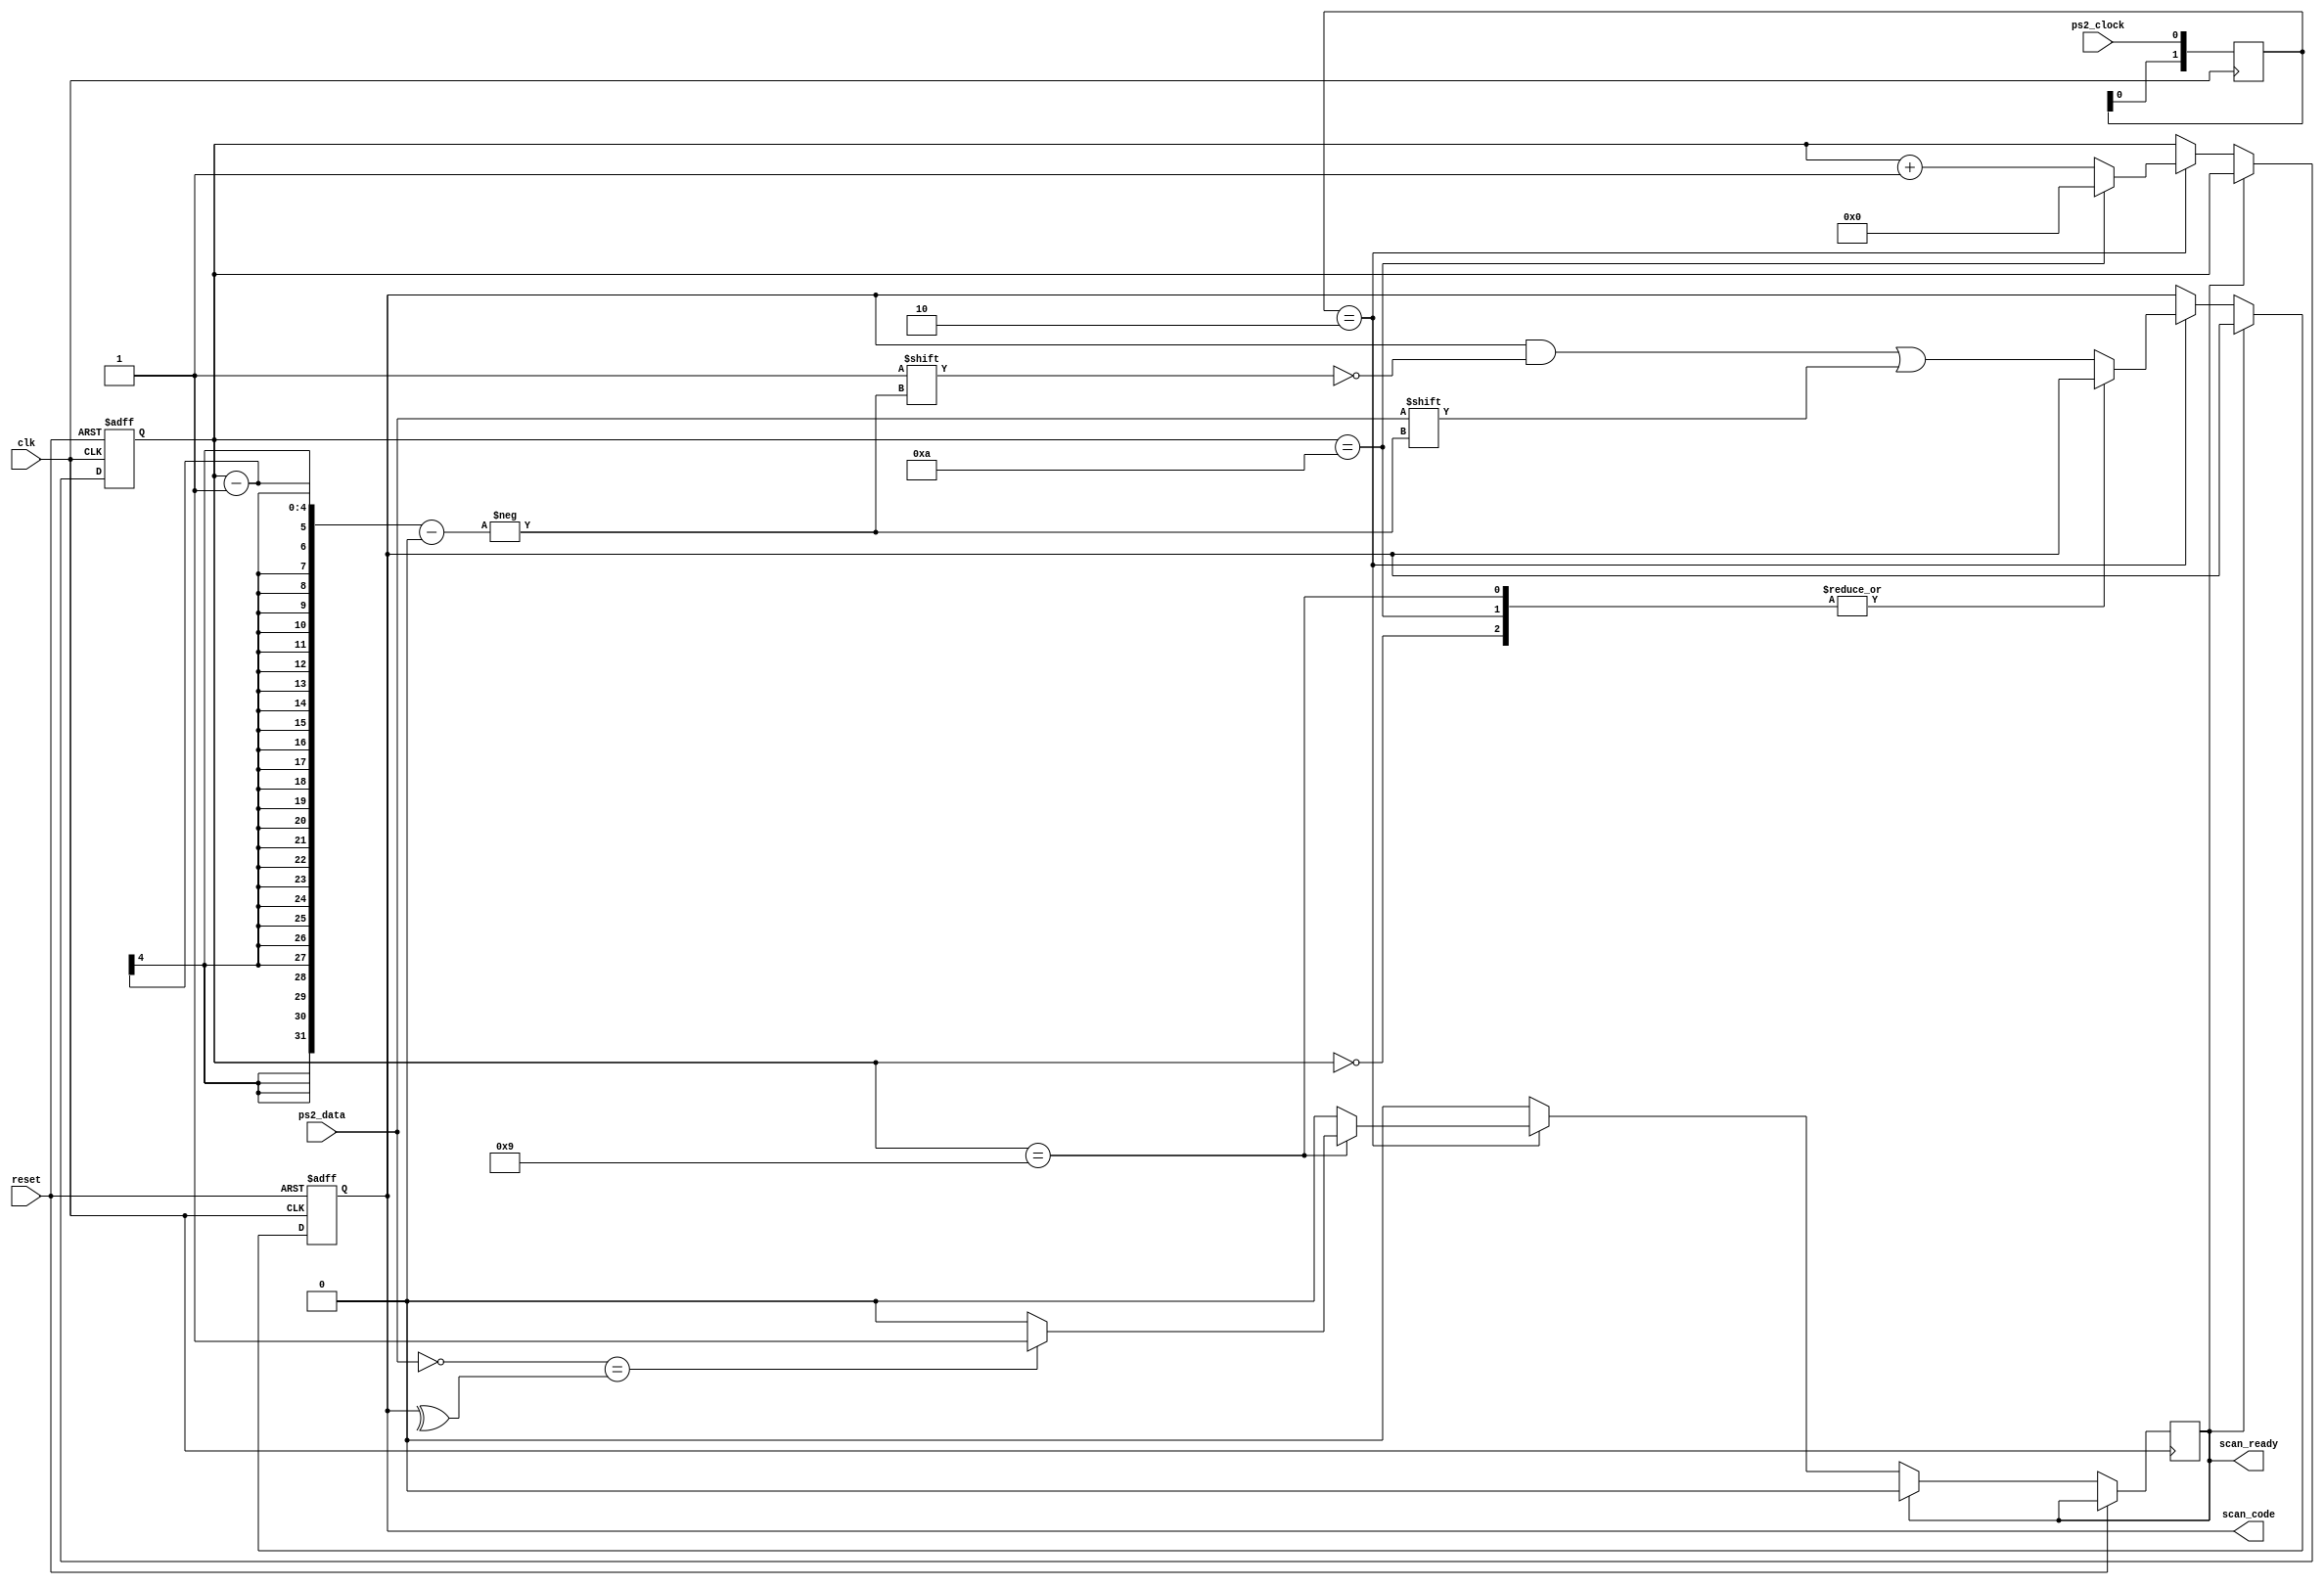
module ps2_controller (
    input reset,
    input clk,
    input ps2_clock,
    input ps2_data,
    output scan_ready,
    output [7:0] scan_code
);

    reg [7:0] r_scan_code;
    reg [3:0] state_reg = 4'd0;
    reg ready;
    reg [1:0] ps2_clock_edge_detect = 2'b00;
    wire ps2_clock_negedge;


    assign scan_code = r_scan_code;
    assign scan_ready = ready;
    assign ps2_clock_negedge = (ps2_clock_edge_detect == 2'b10);
    
    // Sample the ps2_clock.
    always @(posedge clk) begin
        ps2_clock_edge_detect <= {ps2_clock_edge_detect[0], ps2_clock};
    end  

    // ps2_clock is goes low 15us after the data is set.
    always @(posedge clk or posedge reset) begin
        if (reset) begin 
            state_reg <= 4'b0;
            r_scan_code <= 8'b0;
        end 
        else if (ready) begin
            // Ensure ready flag is only one system clock.
            ready <= 1'b0;
        end
        else if (ps2_clock_negedge) begin 
            
            case (state_reg)
            4'd0: // 1 start bit.  This is always 0.
                begin
                    state_reg <= state_reg + 1'b1;
                    ready <= 1'b0;
                end
            4'd9: // 1 parity bit (odd parity).
                begin
                    if (!ps2_data == ^r_scan_code) begin 
                        ready <= 1'b1;
                    end else begin
                        ready <= 1'b0;
                    end
                    state_reg <= state_reg + 1'b1;
                end
            4'd10: // 1 stop bit.  This is always 1.
                begin
                    state_reg <= 4'b0;
                    ready <= 1'b0;
                end
            default: // 8 data bits, least significant bit first.
                begin
                    r_scan_code[state_reg - 1] <= ps2_data;
                    state_reg <= state_reg + 1'b1;
                    ready <= 1'b0;
                end
            endcase
        end
    end

    
endmodule